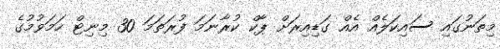
މިތަނުގައި ސައިކަލެއް އެއް ގަޑިއިރަށް ޕާކް ކުރާނަމަ ފުރަތަމަ 30 މިނިޓް ހަމަވުމުގެ